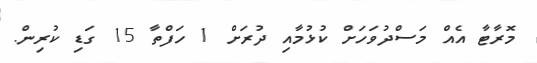
މޮރާޓާ އެއް މަސްދުވަހަށް ކުޅުމާއި ދުރަށް 1 ހަފްތާ 15 ގަޑި ކުރިން.